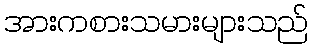
အားကစားသမားများသည်